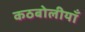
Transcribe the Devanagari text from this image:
कठबोलीयाँ